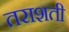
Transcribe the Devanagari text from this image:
तराशती